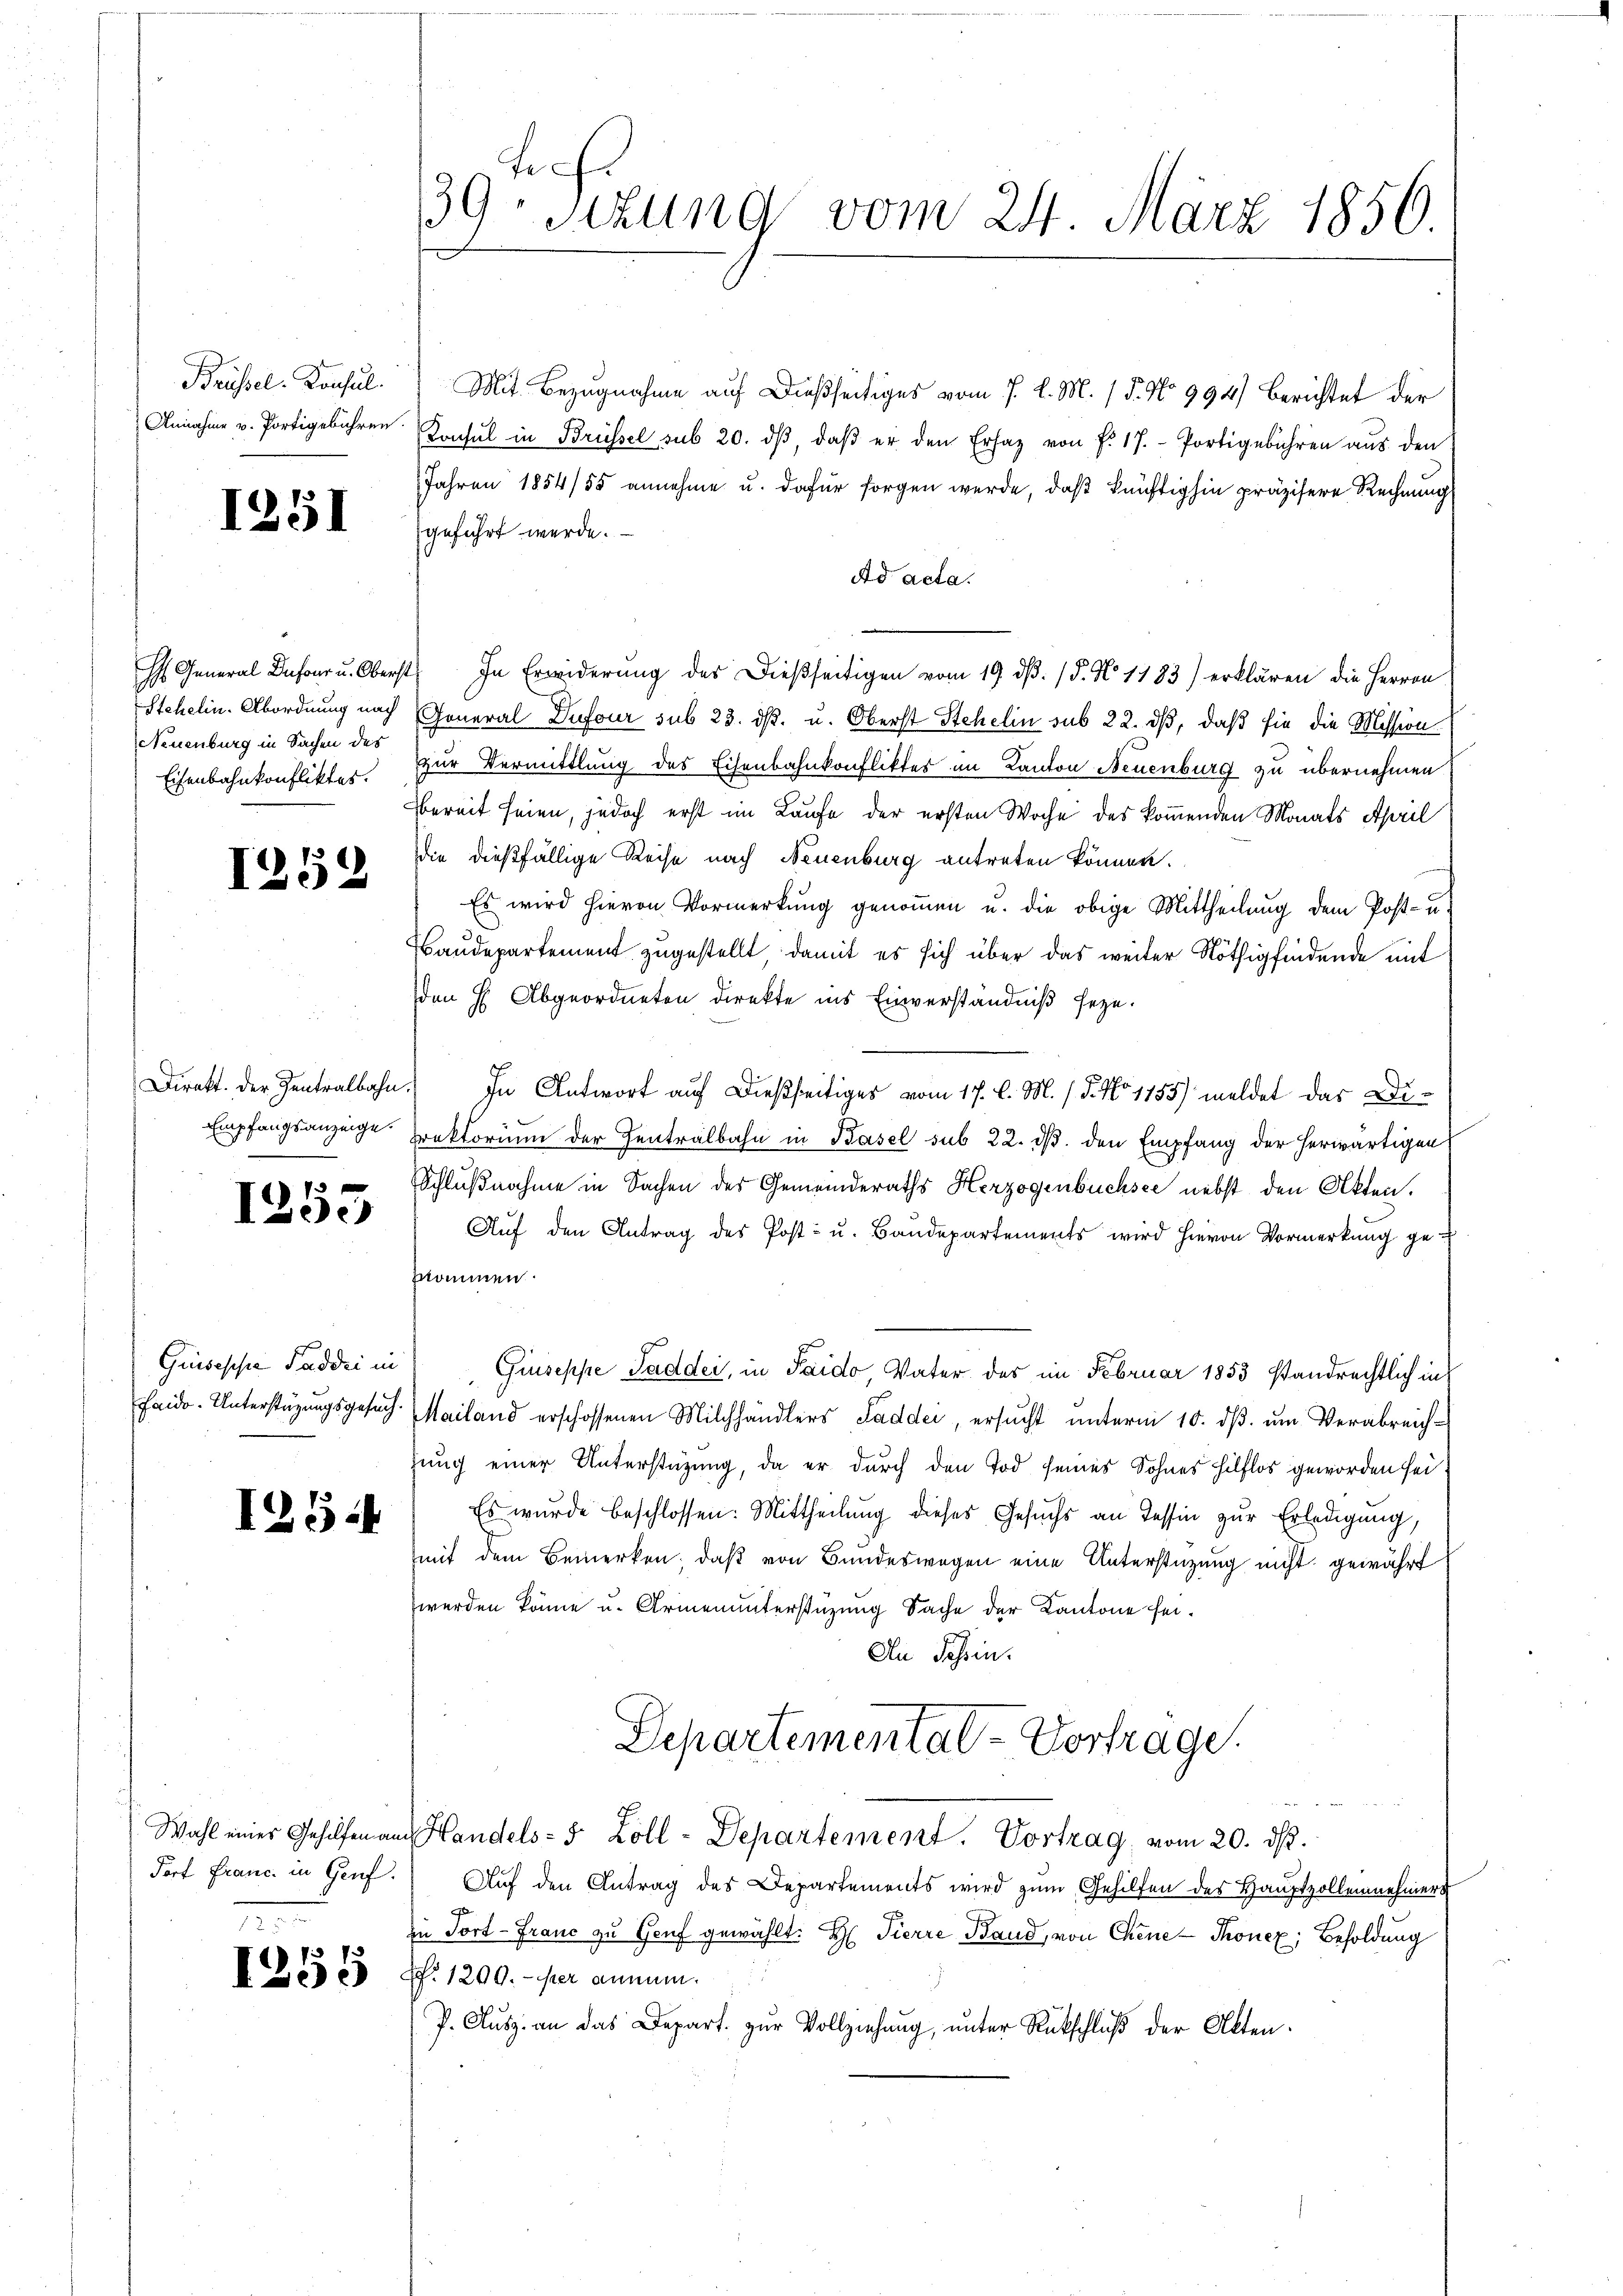
1251

Neuenburg in Sachen des

1252

.

113
105

Guisesse Saddri in

1254

Torf Franc. in Genf.

Brüssel-Konsul Mit Bezugnahme auf dießseitiges vom 7. d. M. / 5. No 994) Berichtet der
Annahme u. Portigebühren. Konsul in Brüssel sub 20. dβ, daβ er den Ersaz von f. 17. Portigebühren aus den
Jahren 1854/55 annehme u. dafür sorgen werde, daß künftighin präzisere Rechnung
geführt werde.
Ad acta.
H General Dufour u. Oberst. In Erwiderŭng des Dieβseitigen vom 19. dβ. / 5. No 1183) erklären die Herren
Stehelin. Abordnung nach General Dufour sub 23. dβ. u. Oberst Stehelin sub 22. dβ, daß sie die Mission
Eisenbahnkonflikter. Zur Vermittlung des Eisenbahnkonfliktes im Kanton Neuenburg zu übernehmen
bereit seien, jedoch erst im Laufe der ersten Woche des kommenden Monats April
die dießfällige Reise nach Neuenburg antreten können.
Es wird hievon Vormerkung genoṁen u. die obige Mittheilung dem Post- u
Baudepartement zugestellt, damit es sich über das weiter Nöthig findende mit
den H Abgeordneten direkte ins Einverständniß setze.
Direkt. Der Zentralbahn. In Antwort auf dießseitiges vom 17. d. M. / 5. No 1155) meldet das Di¬
Empfangsanzeige rektorium der Zentralbahn in Basel sub 22. ds. den Empfang der herwärtigen
Schlußnahme in Sachen des Gemeinderaths Herzogenbüchsee nebst den Akten.
Auf den Antrag des Post- u. Baudepartements wird hievon Vormerkung ge-
znommen.
Giuseppe Saddei, in Paido, Vater des im Februar 1853 standrechtlich in
Faide. Unterstüzungsgesuch. Mailand erschossenen Milchhändlers Sadder, ersŭcht ŭnterm 10. dβ. ŭm Verabreich-
zung einer Unterstützung, da er durch den Tod seines Sohnes Hilflos geworden sei,
Es wurde beschlossen: Mittheilung dieses Gesuchs an Tessin zur Erledigung,
mit dem Bemerken, daß von Bundeswegen eine Unterstützung nicht gewährt
werden könne u. Armenunterstüzung Sache der Kantone sei¬
An Schein.
Departemental-Vortrage.
Wahl einer Gehilfmann Handels- 5 Zoll-Departement. Vortrag vom 20. ds.
Auf den Antrag des Departements wird zum Gehilfen des Hauptzollennehmer
in Fort-Franc zu Genf gewählt: H: Tierre Band, von Chene Thonex; Besoldung
Z3 53 ff. 1200.- per annum.
P. Aŭsz. an das Depart. zŭr Vollziehung, unter Rückschlŭβ der Akten.

f
39. Sitzung vom 24. März 1850.